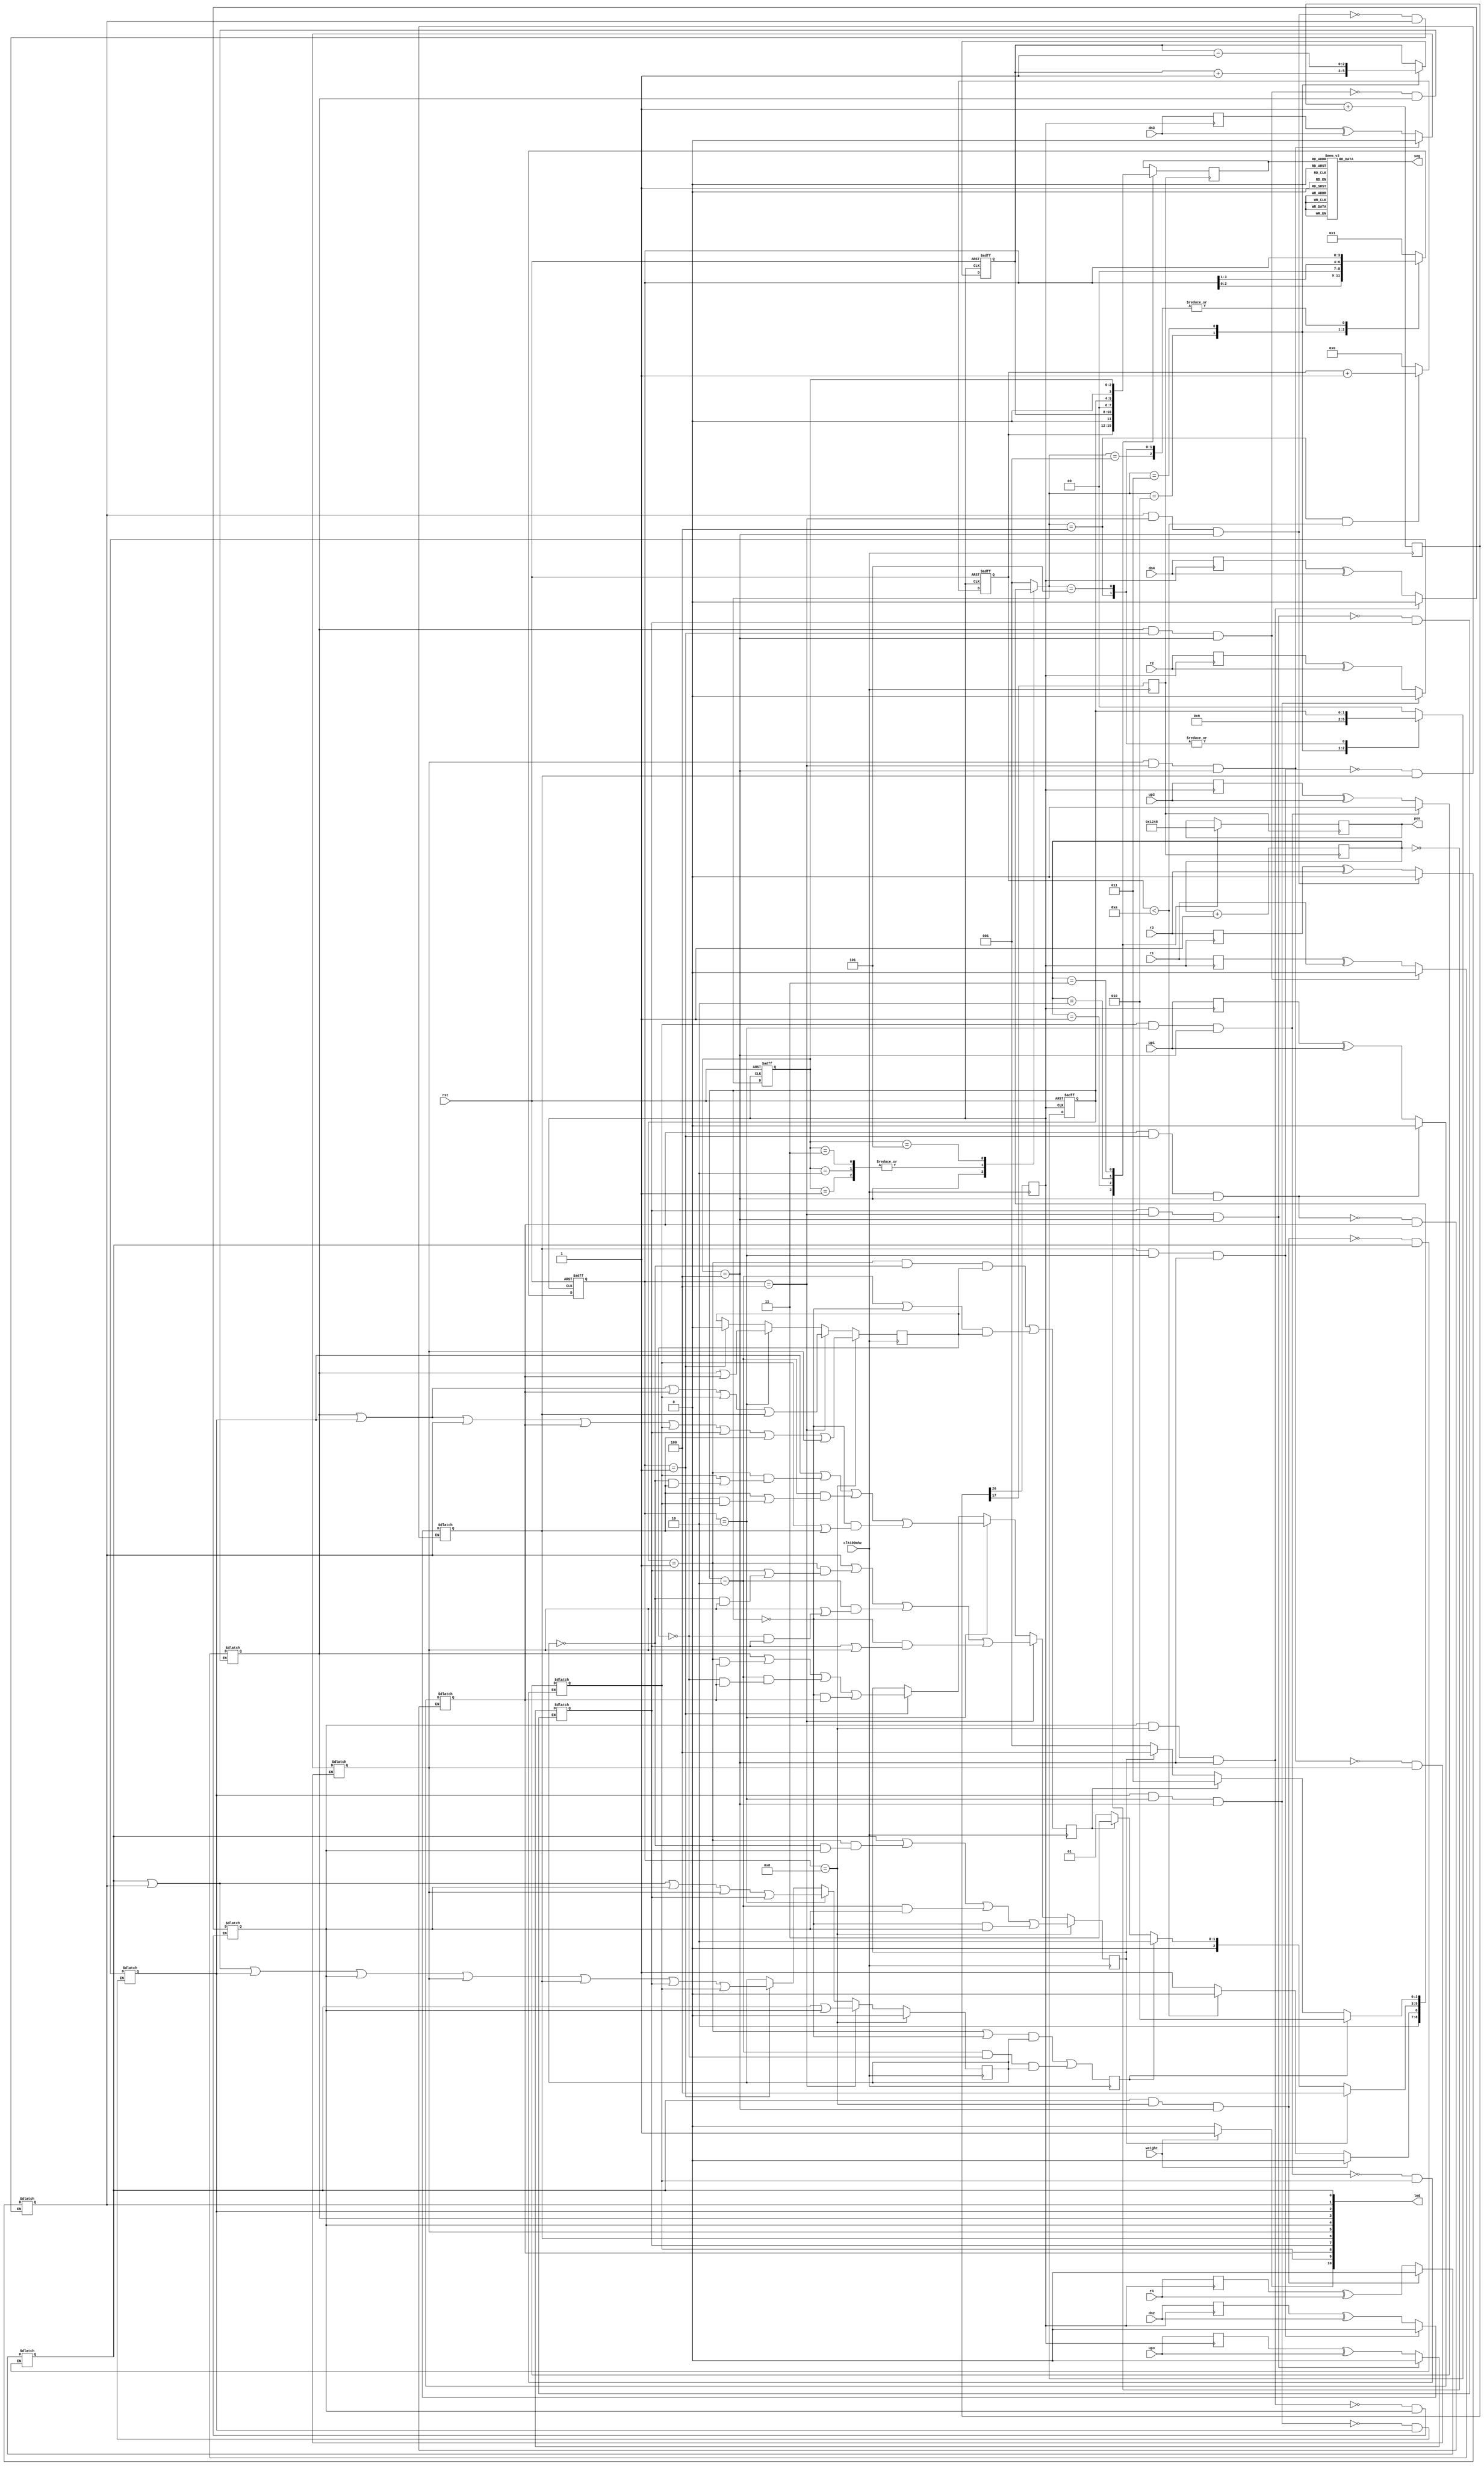
module elevator_2(
    input clk100mhz,
    input rst,
    input weight,
    input up1,up2,up3,
    input dn2,dn3,dn4,
    input r1,r2,r3,r4,
    output reg [7:0]seg,
    output reg [3:0]pos,
    output reg  [10:0]led
    );
    parameter idle_state = 3'b001;    //״̬
    parameter up_state = 3'b010; //״̬
    parameter down_state=3'b011;//״̬
    parameter open_state=3'b100;//״̬
    parameter close_state=3'b101;//״̬
    parameter f1=4'b0001;//һ¥
    parameter f2=4'b0010;//¥
    parameter f3=4'b0100;//¥
    parameter f4=4'b1000;//¥
    parameter up_f=2'b01;//
    parameter dn_f=2'b10;//
    parameter idle=2'b00;//
    reg [2:0]state;
    reg [3:0]next_state;
    reg [3:0]count;
    reg [31:0]cnt;
    reg clk1s;
    //reg clk4s;
    reg clk190hz;
    reg [1:0]direction;//1ʾ
    reg [3:0]floor;//1000=4
    reg has_up_request;
    reg has_down_request;
    reg liftgoup;
    reg liftgodown;
    reg opendoor;
    reg up1_r,up2_r,up3_r;
    reg dn2_r,dn3_r,dn4_r;
    reg r1_r,r2_r,r3_r,r4_r;
    reg [2:0]f;
    reg [2:0]posC;
    reg [3:0]dataP;
    initial begin
    state=3'b000;
    count=0;cnt=0;direction=0;floor=3'b0001;has_up_request=0;has_down_request=0;liftgoup=1;liftgodown=0;opendoor=0;up1_r=0;up2_r=0;up3_r=0;dn2_r=0;dn3_r=0;dn4_r=0;r1_r=0;
    r2_r=0;r3_r=0;r4_r=0;f=3'b001;posC=3'b000;dataP=4'b0000;
    end
    always@(posedge clk100mhz)
    begin
        cnt<=cnt+1'b1;
        clk1s<=cnt[26];//cnt[3];
        //clk4s<=cnt[28];
        clk190hz<=cnt[17];//cnt[1];
    end
    always@(posedge clk1s)
    begin
        up1_r<=up1;
        up2_r<=up2;
        up3_r<=up3;
        dn2_r<=dn2;
        dn3_r<=dn3;
        dn4_r<=dn4;
        r1_r<=r1;
        r2_r<=r2;
        r3_r<=r3;
        r4_r<=r4;
    end
    //always@(posedge clk4s or posedge rst)
    //begin
    //    if(rst)begin
    //        led<=10'd0;
    //    end
    //    else led[9:0]<={up1_r^up1,up2_r^up2,up3_r^up3,dn2_r^dn2,dn3_r^dn3,dn4_r^dn4,r1_r^r1,r2_r^r2,r3_r^r3,r4_r^r4};
    //end
    always@(posedge clk100mhz)
        begin
            if(floor==f1)begin
                has_up_request<=led[0]|led[1]|led[2]|led[4]|led[5]|led[6]|led[7]|led[8];//r2|r3|r4|up2|up3|dn2|dn3|dn4
                has_down_request<=0;
            end
            if(floor==f2)begin
                has_up_request<=led[0]|led[1]|led[4]|led[5]|led[7];//r3|r4|up3|dn3|dn4;
                has_down_request<=led[3]|led[9];//r1|up1;
            end  
            if(floor==f3)begin
                has_up_request<=led[0]|led[4];//r4|dn4
                has_down_request<=led[3]|led[2]|led[9]|led[8]|led[6];//r1|r2|up1|up2|dn2
            end     
            if(floor==f4)begin
                has_up_request<=0;
                has_down_request<=led[3]|led[2]|led[1]|led[9]|led[8]|led[7]|led[6]|led[5];//r1|r2|r3|up1|up2|up3|dn2|dn3
            end
        end
        always@(posedge clk100mhz)
        begin
            liftgoup<=(((direction==up_f)|(direction==idle)) & has_up_request) |((direction==dn_f) & !has_down_request & has_up_request);
            liftgodown<=((direction==up_f) & !has_up_request & has_down_request)|(((direction==dn_f)|(direction==idle)) & has_down_request);
        end
        always@(posedge clk100mhz )
        begin
            if(floor==f1)begin
                opendoor<=led[3]|((direction==up_f) & (led[9]))|((direction==dn_f) &((!has_down_request&led[9])))|((direction==idle)&(led[9]));
            end
            if(floor==f2)begin
                opendoor<=led[2]|((direction==up_f) & (led[8]|(!has_up_request & led[6])))|((direction==dn_f) &(led[6]|(!has_down_request&led[8])))|((direction==idle)&(led[8]|led[6]));
            end
            if(floor==f3)begin
                opendoor<=led[1]|((direction==up_f) & (led[7]|(!has_up_request & led[5])))|((direction==dn_f) &(led[5]|(!has_down_request&led[7])))|((direction==idle)&(led[7]|led[5]));
            end
            if(floor==f4)begin
                opendoor<=led[0]|((direction==up_f) & ((!has_up_request & led[4])))|((direction==dn_f) &(led[4]))|((direction==idle)&led[4]);
            end
        end
    always@(posedge clk1s or posedge rst)
    begin
        if(rst)begin
            state<=idle_state;
        end
        else begin
            state<=next_state;
        end
    end
    always@(*)
    begin
        if(weight)begin
            led[10]=1'b1;
        end
        else begin
            led[10]=1'b0;
        end
        if((led[9])&&(floor==f1)&&(state==open_state))begin
            led[9]<=1'b0;
        end
        else if(led[9])begin
            led[9]<=led[9];
        end
        else begin
            led[9]<=up1_r^up1;
        end
        if((led[8])&&(floor==f2)&&(state==open_state))begin
            led[8]<=1'b0;
        end
        else if(led[8])begin
            led[8]<=led[8];
        end
        else begin
            led[8]<=up2_r^up2;
        end
        if((led[7])&&(floor==f3)&&(state==open_state))begin
            led[7]<=1'b0;
        end
        else if(led[7])begin
            led[7]<=led[7];
        end
        else begin
            led[7]<=up3_r^up3;
        end
        if((led[6])&&(floor==f2)&&(state==open_state))begin
             led[6]<=1'b0;
        end
        else if(led[6])begin
             led[6]<=led[6];
        end
        else begin
                    led[6]<=dn2_r^dn2;
                end
         if((led[5])&&(floor==f3)&&(state==open_state))begin
                           led[5]<=1'b0;
                       end
                       else if(led[5])begin
                           led[5]<=led[5];
                       end
                       else begin
                           led[5]<=dn3_r^dn3;
                       end
          if((led[4])&&(floor==f4)&&(state==open_state))begin
                                  led[4]<=1'b0;
                              end
                              else if(led[4])begin
                                  led[4]<=led[4];
                              end
                              else begin
                                  led[4]<=dn4_r^dn4;
                              end
         if((led[3])&&(floor==f1)&&(state==open_state))begin
                                         led[3]<=1'b0;
                                     end
                                     else if(led[3])begin
                                         led[3]<=led[3];
                                     end
                                     else begin
                                         led[3]<=r1_r^r1;
                                     end
        if((led[2])&&(floor==f2)&&(state==open_state))begin
                                                led[2]<=1'b0;
                                            end
                                            else if(led[2])begin
                                                led[2]<=led[2];
                                            end
                                            else begin
                                                led[2]<=r2_r^r2;
                                            end
         if((led[1])&&(floor==f3)&&(state==open_state))begin
                                                       led[1]<=1'b0;
                                                   end
                                                   else if(led[1])begin
                                                       led[1]<=led[1];
                                                   end
                                                   else begin
                                                       led[1]<=r3_r^r3;
                                                   end
          if((led[0])&&(floor==f4)&&(state==open_state))begin
                                                              led[0]<=1'b0;
                                                          end
                                                          else if(led[0])begin
                                                              led[0]<=led[0];
                                                          end
                                                          else begin
                                                              led[0]<=r4_r^r4;
                                                          end
    end
    always@(*)
    begin
        case(state)
            open_state:begin
                       if(weight)begin
                           next_state=open_state;
                       end
                       else if(count<10)begin
                           next_state=open_state;
                       end
                       else begin
                           next_state=close_state;
                       end
                       end
            idle_state:begin 
                       
                       if(opendoor)begin
                            next_state=open_state;
                       end
                       else if(liftgoup)begin
                           next_state=up_state;
                       end
                       else if(liftgodown)begin
                           next_state=down_state;
                       end
                       else begin
                           next_state=idle_state;
                       end
                       end
            up_state:begin
                     
                     if(opendoor)begin
                        next_state<=open_state;
                     end
                     else if(liftgoup)begin
                        next_state=up_state;
                     end
                     else if(liftgodown)begin
                        next_state=down_state;
                     end
                     else begin
                        next_state=idle_state;
                     end
                     end
           down_state:begin
                      
                      if(opendoor)begin
                           next_state<=open_state;
                      end
                      else if(liftgoup)begin
                          next_state=up_state;
                      end
                      else if(liftgodown)begin
                          next_state=down_state;
                      end
                      else begin
                          next_state=idle_state;
                      end
                      end
           close_state:begin
                       
                       if(liftgoup)begin
                           next_state=up_state;
                       end
                       else if(liftgodown)begin
                           next_state=down_state;
                       end
                       else if(opendoor)begin
                           next_state=open_state;
                       end
                       else begin
                           next_state=idle_state;
                       end
                       end
          default:begin
            next_state=idle_state;
            
          end
        endcase
    end
    always@(posedge clk1s or posedge rst)
    begin
        if(rst)begin
            floor<=f1;
            direction<=idle;
            f<=2'b01;
            //led<=10'd0;
        end
        else begin
            floor<=floor;
            case(next_state)
            idle_state:begin
                floor<=floor;
                direction<=idle;
                f<=f;
                //led[9:0]<={up1_r^up1,up2_r^up2,up3_r^up3,dn2_r^dn2,dn3_r^dn3,dn4_r^dn4,r1_r^r1,r2_r^r2,r3_r^r3,r4_r^r4};
            end
            up_state:begin
                floor<=floor<<1;
                direction<=up_f;
                f<=f+1'b1;
               // led<=led;
            end
            down_state:begin
                floor<=floor>>1;
                direction<=dn_f;
                f<=f-1'b1;
                //led<=led;
            end
            open_state:begin
                floor<=floor;
                direction<=direction;
                f<=f;
                //led[9:0]<={up1_r^up1,up2_r^up2,up3_r^up3,dn2_r^dn2,dn3_r^dn3,dn4_r^dn4,r1_r^r1,r2_r^r2,r3_r^r3,r4_r^r4};
            end
            close_state:begin
                floor<=floor;
                direction<=direction;
                f<=f;
                //led<=led;
            end
            default:begin
                floor<=f1;
                direction<=idle;
                f<=f;
               // led[9:0]<={up1_r^up1,up2_r^up2,up3_r^up3,dn2_r^dn2,dn3_r^dn3,dn4_r^dn4,r1_r^r1,r2_r^r2,r3_r^r3,r4_r^r4};
            end
            endcase
        end
    end
always@(dataP)
          case(dataP)
            0:seg=8'b0011_1111;
            1:seg=8'b0000_0110;
            2:seg=8'b0101_1011;
            3:seg=8'b0100_1111;
            4:seg=8'b0110_0110;
            5:seg=8'b0110_1101;
            6:seg=8'b0111_1101;
            7:seg=8'b0000_0111;
            8:seg=8'b0111_1111;
            9:seg=8'b0110_1111;
            10:seg=8'b0100_0000;
            11:seg=8'b0000_0000;
            default:seg = 8'b0000_1000;
          endcase
    always @(posedge clk190hz)
                begin
                case(posC)
                 0: begin
                    pos<=4'b0001;
                    dataP<=count;
                    end
                 1: begin
                    pos<=4'b0010;
                    dataP<=f;//louceng
                    end
                 2: begin
                    pos<=4'b0100;
                    dataP<=direction;//fangxiang
                    end
                 3: begin
                    pos<=4'b1000;
                    dataP<=state;//zhuangtaiji
                    end
                  endcase
                  posC = posC+1;
                  end
always@(posedge clk1s or posedge rst)
begin
    if(rst)begin
        count<=0;
    end
    else if((next_state==open_state)&&(count<10))begin
        count<=count+1'b1;
    end
    else begin
        count<=0;
    end
end
endmodule